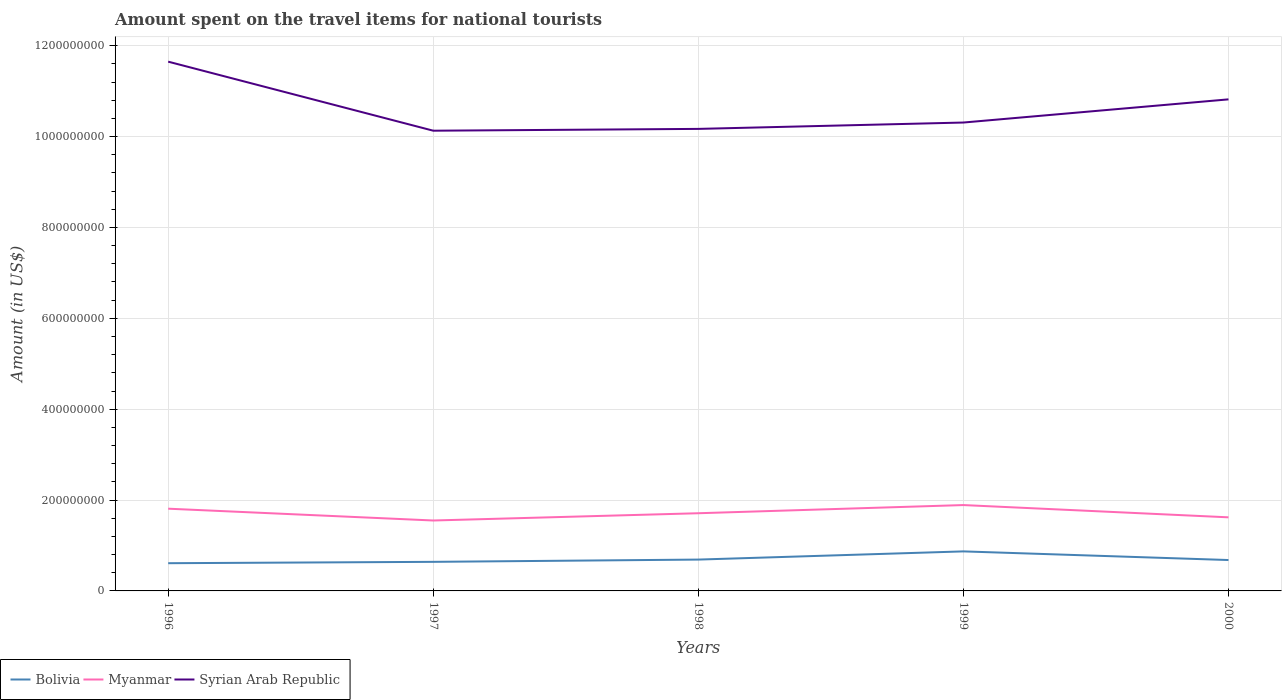
| Years | Bolivia | Myanmar | Syrian Arab Republic |
 | --- | --- | --- | --- |
 | 1996 | 6.1e+07 | 1.81e+08 | 1.16e+09 |
 | 1997 | 6.4e+07 | 1.55e+08 | 1.01e+09 |
 | 1998 | 6.9e+07 | 1.71e+08 | 1.02e+09 |
 | 1999 | 8.7e+07 | 1.89e+08 | 1.03e+09 |
 | 2000 | 6.8e+07 | 1.62e+08 | 1.08e+09 |